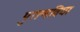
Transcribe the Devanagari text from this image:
पुराणविद्या